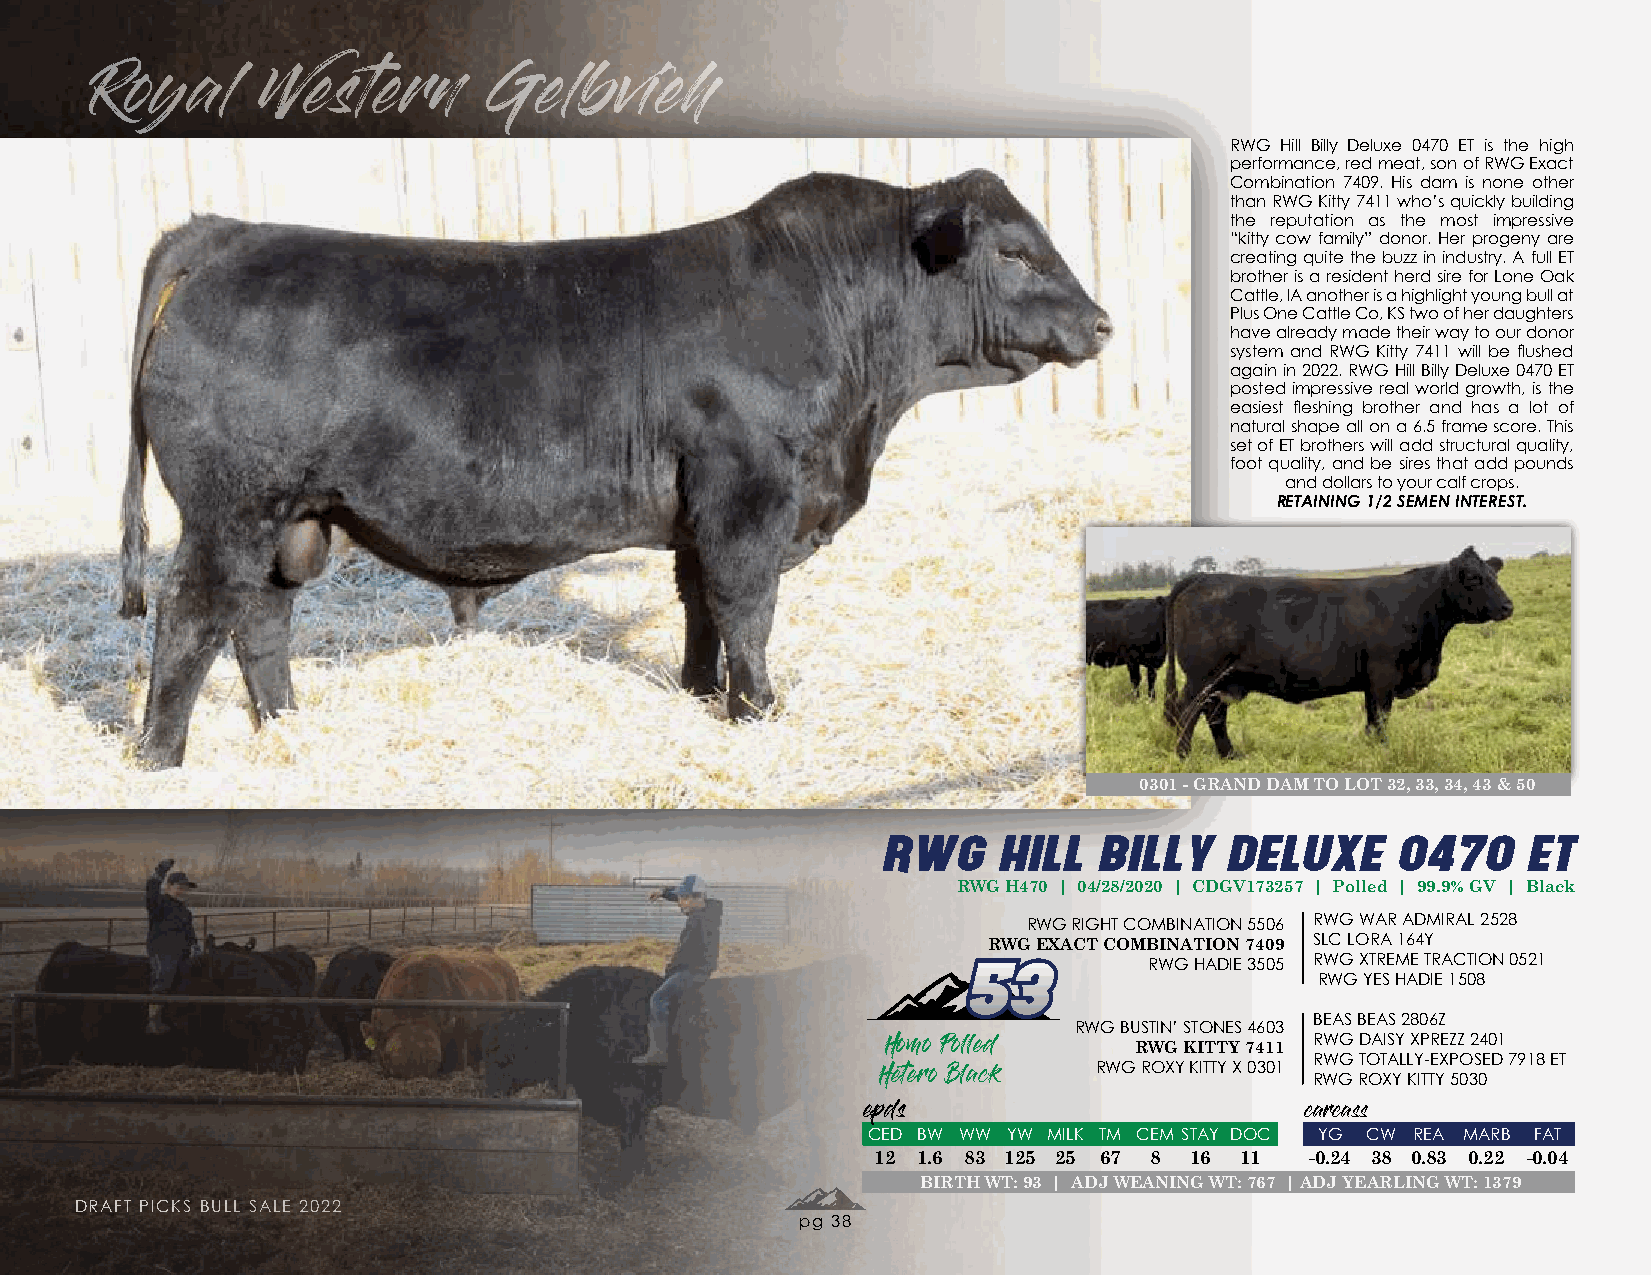
Royal      Western        Gelbvieh
 RWG Hill Billy Deluxe 0470 ET is the high
 performance, red meat, son of RWG Exact
 Combination 7409. His dam is none other
 than RWG Kitty 7411 who’s quickly building
 the reputation as the most impressive
 “kitty cow family” donor. Her progeny are
 creating quite the buzz in industry. A full ET
 brother is a resident herd sire for Lone Oak
 Cattle, IA another is a highlight young bull at
 Plus One Cattle Co, KS two of her daughters
 have already made their way to our donor
 system and RWG Kitty 7411 will be flushed
 again in 2022. RWG Hill Billy Deluxe 0470 ET
 posted impressive real world growth, is the
 easiest fleshing brother and has a lot of
 natural shape all on a 6.5 frame score. This
 set of ET brothers will add structural quality,
 foot quality, and be sires that add pounds
 and dollars to your calf crops.
 RETAINING 1/2 SEMEN INTEREST.
 0301 - GRAND DAM TO LOT 32, 33, 34, 43 & 50
 RWG     HILL   BILLY   DELUXE     0470     ET
 RWG H470 | 04/28/2020 | CDGV173257 | Polled | 99.9% GV | Black
 RWG RIGHT COMBINATION 5506 RWG WAR ADMIRAL 2528
 RWG EXACT COMBINATION 7409 SLC LORA 164Y
 5533        RWG HADIE 3505 RWG XTREME TRACTION 0521
 RWG YES HADIE 1508
 BEAS BEAS 2806Z
 RWG BUSTIN’ STONES 4603
 RWG DAISY XPREZZ 2401
 RWG KITTY 7411
 Homo Polled                 RWG TOTALLY-EXPOSED 7918 ET
 RWG ROXY KITTY X 0301
 Hetero Black                 RWG ROXY KITTY 5030
 epds                         carcass
 CED BW WW YW MILK TM CEM STAY DOC YG CW REA MARB FAT
 12 1.6 83 125 25 67 8 16 11  -0.24 38 0.83 0.22 -0.04
 BIRTH WT: 93 | ADJ WEANING WT: 767 | ADJ YEARLING WT: 1379
 DRAFT PICKS BULL SALE 2022
 pg 38